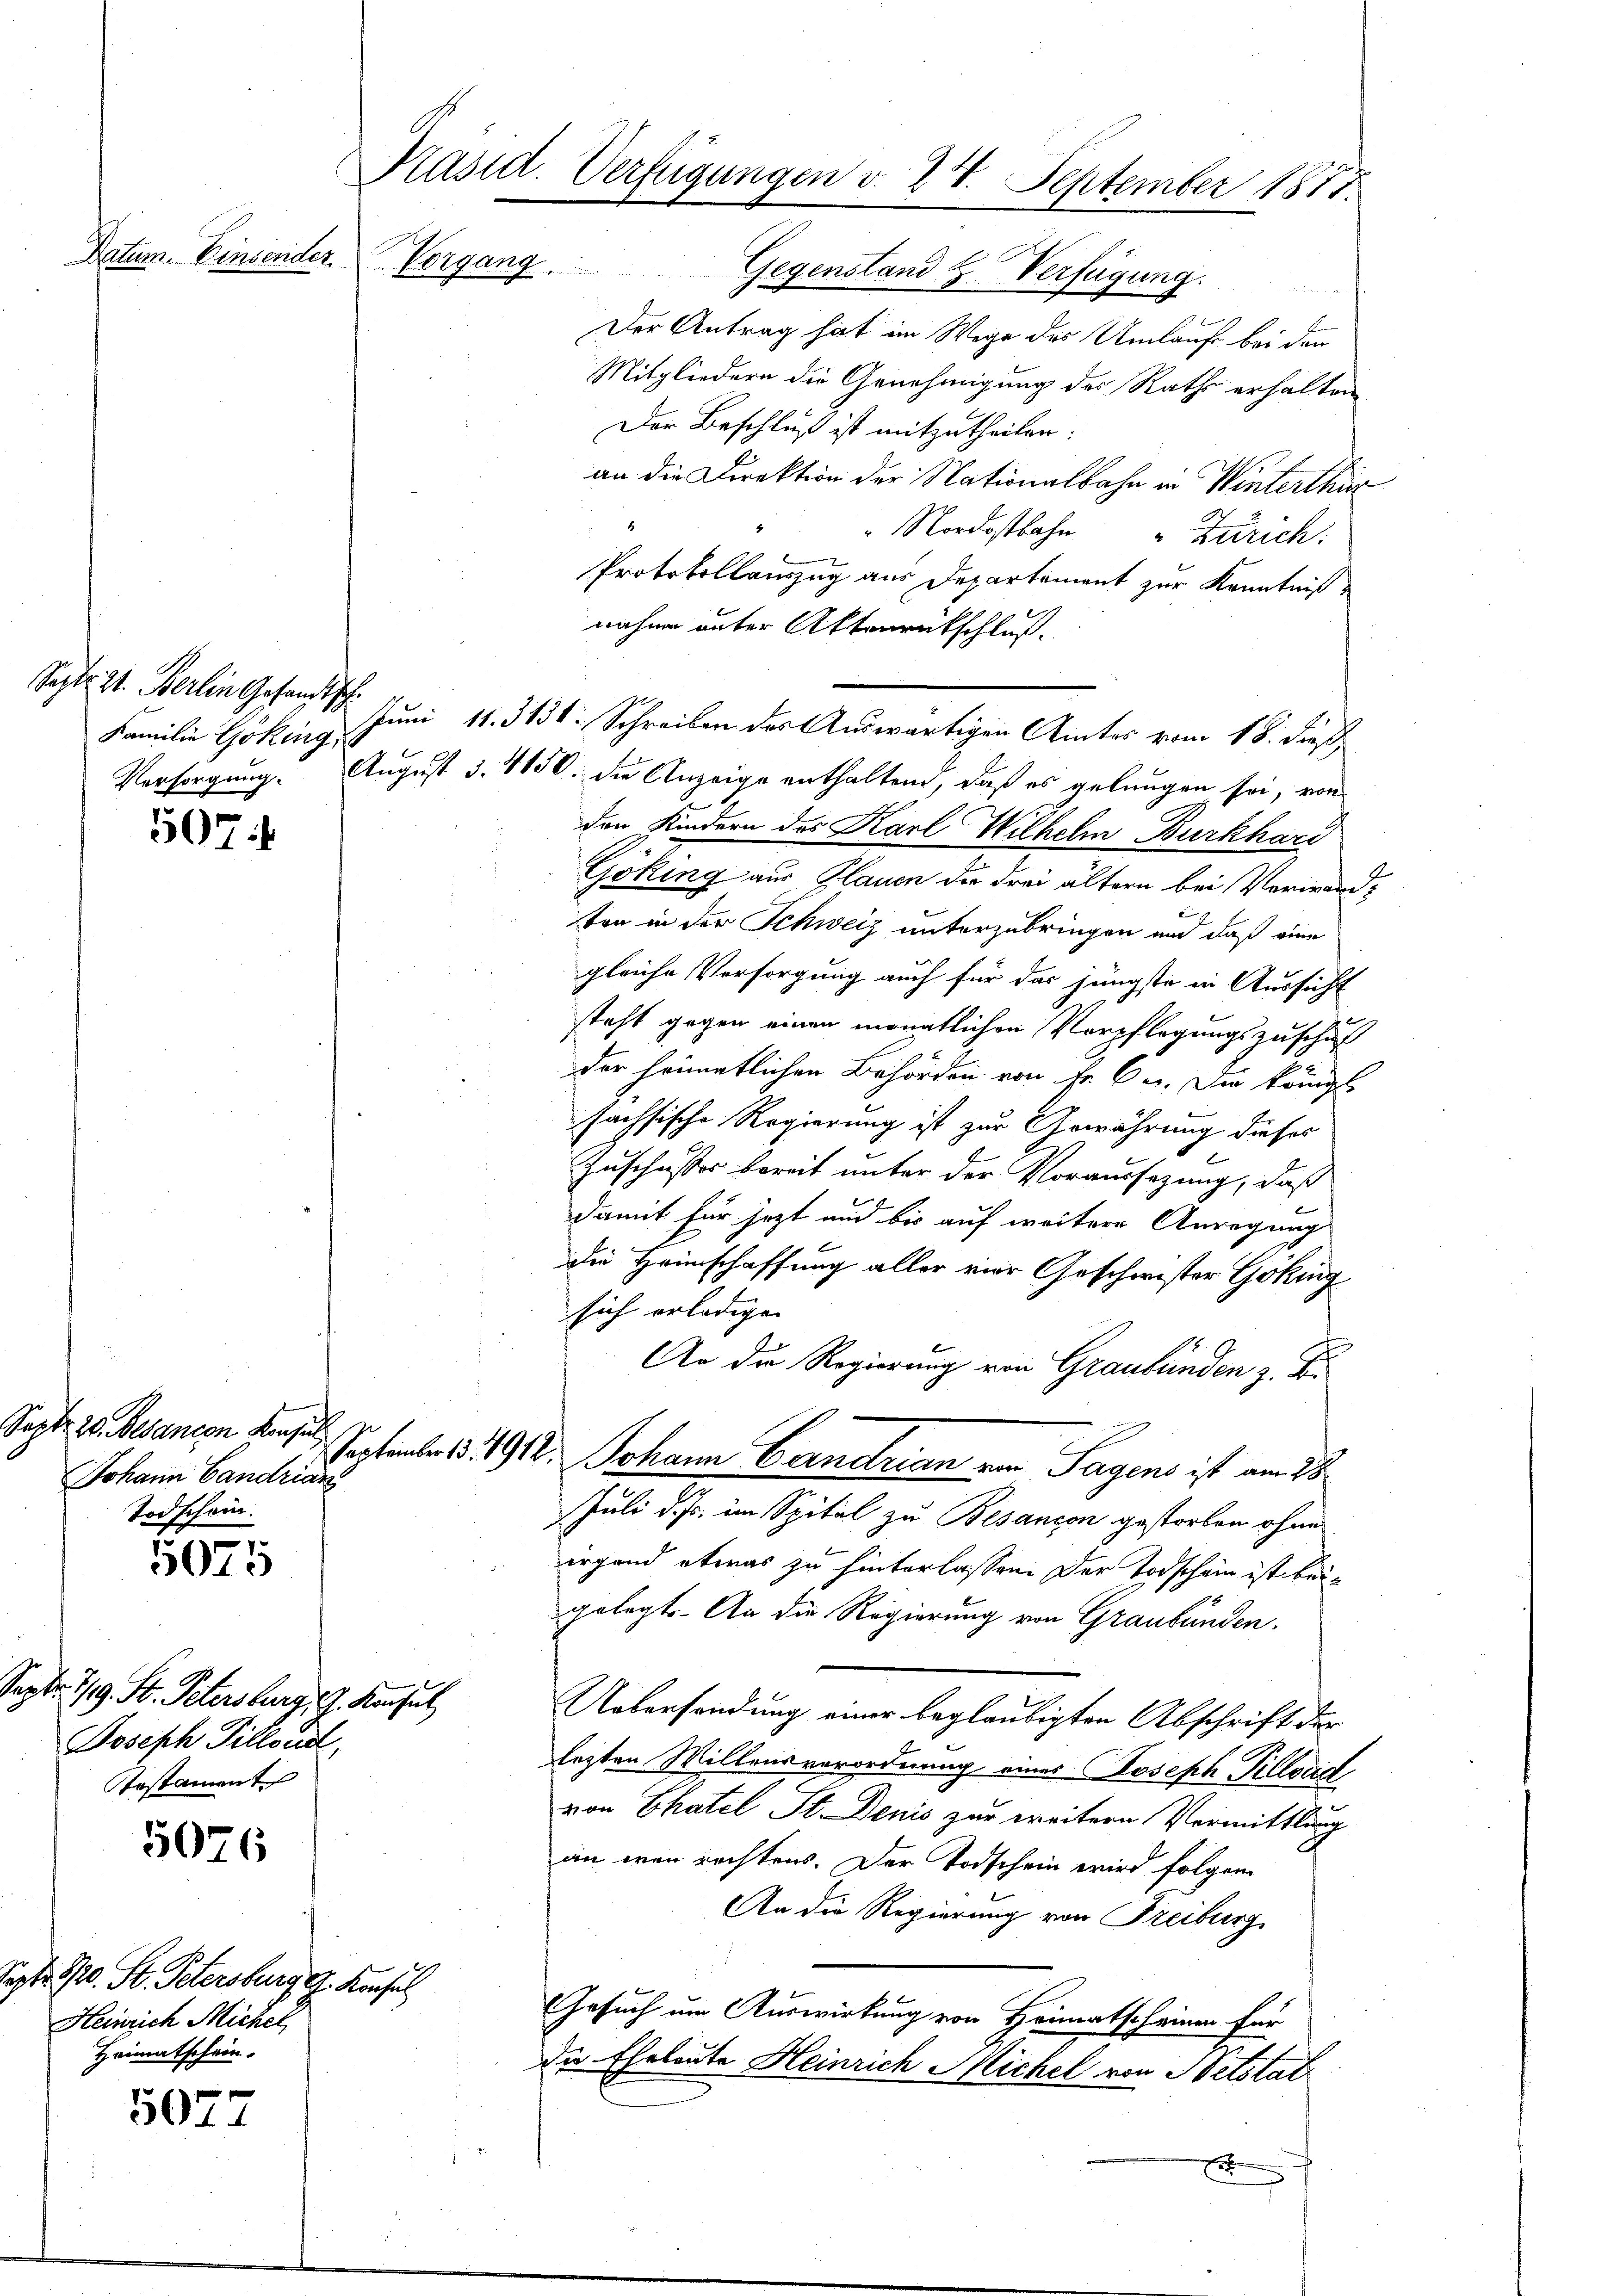
Sept. 11. Berlin Gesandtsch
Familie Göking u.

507

Septe 20. Mesanten Konsul
Johann Candrian
Todschein.

5075

Sept. 119. St. Petersburg, G. Konsul
Joseph Tillond,
Testament

5076

Datum. Einsender.

Sept. 10. St. Petersburg g. Konsul
Heinrich Michel
Heimatschein.

3011

Präsid. Verfügungen v. 24. September 1811.
Vorgang. Gegenstand H. Verfügung.

Der Antrag hat im Wege des Umlauf bei den
Mitgliedern die Genehmigung des Raths erhalten
Der Beschluß ist mitzutheilen:
an die Direktion der Nationalbahn in Winterthur
" Nordostbahn Zürich.
Protokollauszug aus Departement zur Kenntniß
nahme unter Aktenrückschluß
Vorsorgung. August 3. 4150. die Anzeige enthaltend, daß es gelungen sei, von
den Kindern des Karl Wilhelm Burkhard
Göking aus Plauen die drei ältern bei Verwandten in der Schweiz unterzubringen und daß eine
gleiche Versorgung auch für das jüngste in Aussicht
steht gegen einen monatlichen Verpflegungszuschaft
der heimatlichen Behörden von Fr. 60. Die königl.
sachsische Regierung ist zur Gewährung dieses
Zuschusses bereit unter der Voraussezung, daß
damit für jetzt und bis auf weitere Anregung
die Heimschaffung aller vier Geschwister Göking
sich erledigen
An die Regierung von Graubünden z. B.
September 15. 191. Johann Corndrian von Tagens ist am 18
Juli d. Js. im Spital zu Besancon gestorben ohne
irgend etwas zu hinterlassen. Der Todschein ist bei
gelegt. An die Regierung von Graubünden.
Uebersendung einer beglaubigten Abschrift der
lezten Willensverordnung eines Joseph Tillvad
von Chatel St. Denis zur weitern Vermittlung
an wenn rechtens. Der Todschein wird folgen
An die Regierung von Freiburg
Gesuch um Auswirkung von Heimatscheinen für
die Eheleute Heinrich Michel von Netstat
r

Juni 11. 313. Schreiben des Auswärtigen Amtes vom 18. dieß